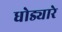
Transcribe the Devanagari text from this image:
धोड्यारे